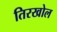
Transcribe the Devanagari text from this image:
तिरखोल